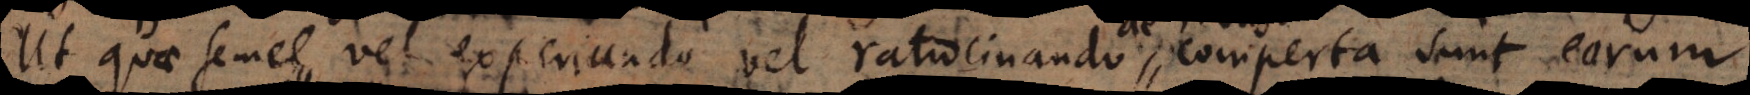
t quae semel vel experiundo vel ratiocinando comperta sunt, eorum